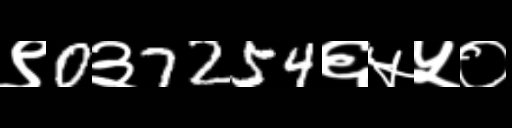
Text: ९0३7254६५५०